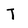
Character: T